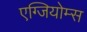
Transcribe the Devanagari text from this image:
एग्जियोम्स